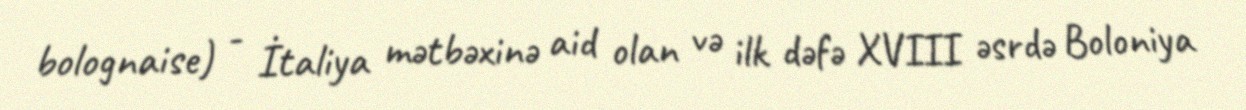
bolognaise) - İtaliya mətbəxinə aid olan və ilk dəfə XVIII əsrdə Boloniya